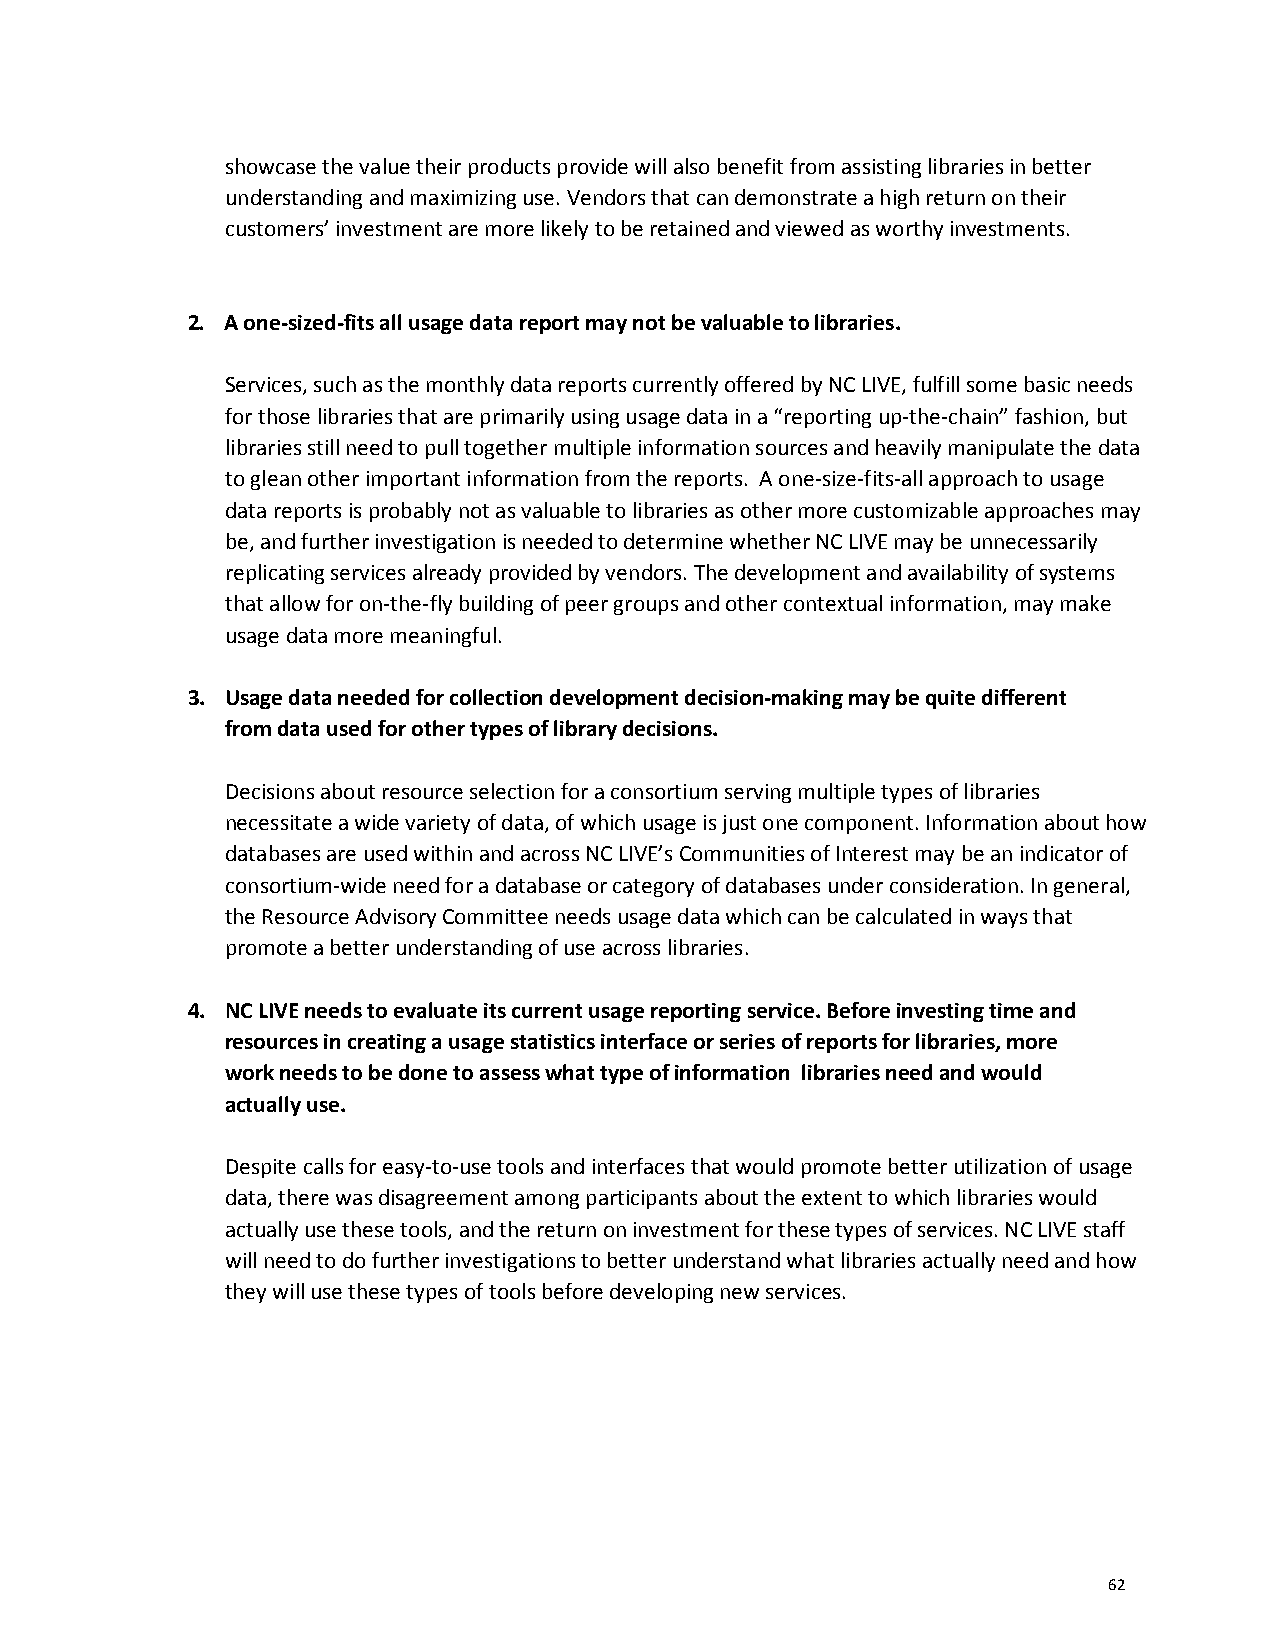
showcase the value their products provide will also benefit from assisting libraries in better
 understanding and maximizing use. Vendors that can demonstrate a high return on their
 customers’ investment are more likely to be retained and viewed as worthy investments.
 2. A one-sized-fits all usage data report may not be valuable to libraries.
 Services, such as the monthly data reports currently offered by NC LIVE, fulfill some basic needs
 for those libraries that are primarily using usage data in a “reporting up-the-chain” fashion, but
 libraries still need to pull together multiple information sources and heavily manipulate the data
 to glean other important information from the reports. A one-size-fits-all approach to usage
 data reports is probably not as valuable to libraries as other more customizable approaches may
 be, and further investigation is needed to determine whether NC LIVE may be unnecessarily
 replicating services already provided by vendors. The development and availability of systems
 that allow for on-the-fly building of peer groups and other contextual information, may make
 usage data more meaningful.
 3. Usage data needed for collection development decision-making may be quite different
 from data used for other types of library decisions.
 Decisions about resource selection for a consortium serving multiple types of libraries
 necessitate a wide variety of data, of which usage is just one component. Information about how
 databases are used within and across NC LIVE’s Communities of Interest may be an indicator of
 consortium-wide need for a database or category of databases under consideration. In general,
 the Resource Advisory Committee needs usage data which can be calculated in ways that
 promote a better understanding of use across libraries.
 4. NC LIVE needs to evaluate its current usage reporting service. Before investing time and
 resources in creating a usage statistics interface or series of reports for libraries, more
 work needs to be done to assess what type of information libraries need and would
 actually use.
 Despite calls for easy-to-use tools and interfaces that would promote better utilization of usage
 data, there was disagreement among participants about the extent to which libraries would
 actually use these tools, and the return on investment for these types of services. NC LIVE staff
 will need to do further investigations to better understand what libraries actually need and how
 they will use these types of tools before developing new services.
 62